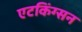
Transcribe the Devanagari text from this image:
एटकिंग्सन